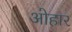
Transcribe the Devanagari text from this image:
ओहार